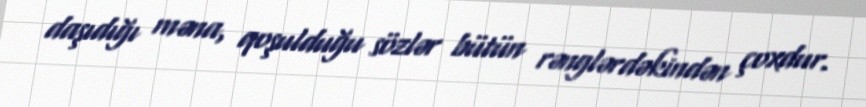
daşıdığı məna, qoşulduğu sözlər bütün rənglərdəkindən çoxdur.